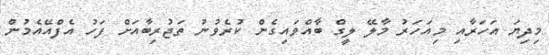
މިދިޔަ އަހަރާއި މިއަހަރު މާލޭ ލީގް ބާއްވައިގެން ކުރެވުނު ތަޖުރިބާއަށް ފަހު އެފްއޭއެމުން